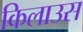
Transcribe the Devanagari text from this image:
किलाउस